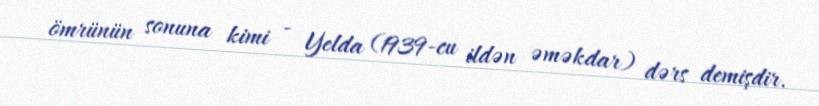
ömrünün sonuna kimi - Yelda (1939-cu ildən əməkdar) dərs demişdir.